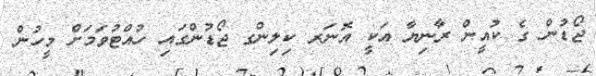
ޖޯޑުން ގެ ކުއީން ރާނިޔާ އަކީ އޮނަރ ކިލިންގ ޖޯޑުންގައި ހުއްޓުވަމަށް މީހުން